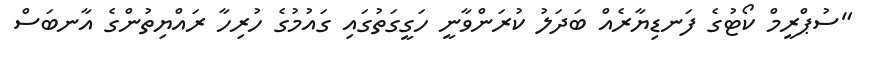
"ސުޕްރީމް ކޯޓުގެ ފަނޑިޔާރެއް ބަދަލު ކުރަންވާނީ ހަގީގަތުގައި ގައުމުގެ ހުރިހާ ރައްޔިތުންގެ އާނބަސް